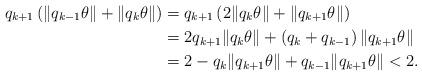
LaTeX: \begin{align*}q_{k+1} \left( \| q_{k-1} \theta \| + \| q_k \theta \| \right) &= q_{k+1} \left( 2 \| q_k \theta \| + \| q_{k+1} \theta \| \right) \\&= 2 q_{k+1} \| q_k \theta \| + \left(q_k + q_{k-1} \right) \| q_{k+1} \theta \| \\&= 2 - q_k \| q_{k+1} \theta \| + q_{k-1} \| q_{k+1} \theta \| < 2.\end{align*}